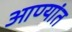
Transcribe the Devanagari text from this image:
आण्यांत